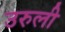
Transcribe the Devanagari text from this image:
उरुली